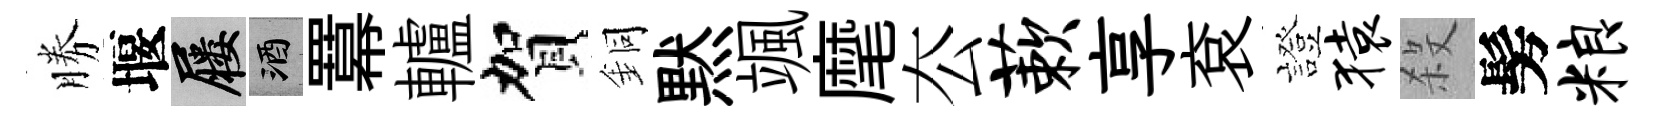
勝堰屨酒羃轤賀銅黙颯麾厺蔌享袞證猿殺髣粮